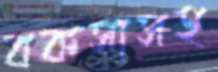
বকসাসহ